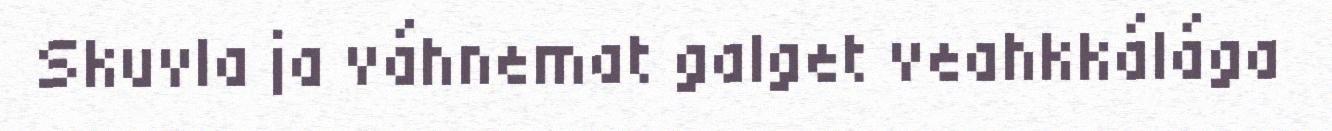
Skuvla ja váhnemat galget veahkkálága